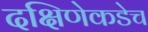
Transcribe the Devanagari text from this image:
दक्षिणेकडेच